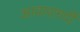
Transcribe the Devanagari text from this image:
आवाराग़र्दी